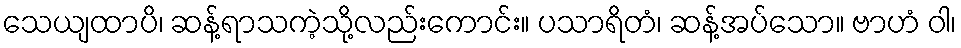
သေယျထာပိ၊ ဆန့်ရာသကဲ့သို့လည်းကောင်း။ ပသာရိတံ၊ ဆန့်အပ်သော။ ဗာဟံ ဝါ၊